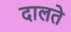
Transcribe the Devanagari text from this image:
दालते